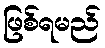
ဖြစ်ရမည်